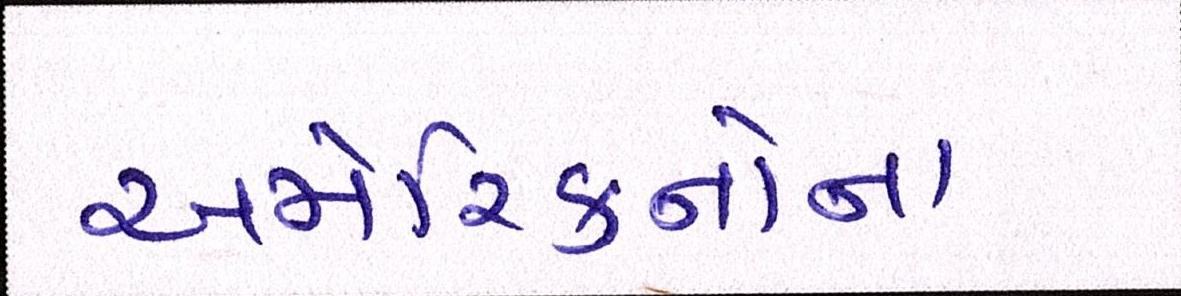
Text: અમેરિકનોના